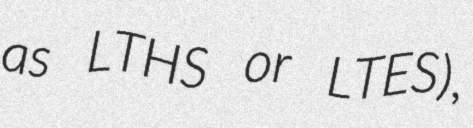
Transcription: as LTHS or LTES),